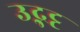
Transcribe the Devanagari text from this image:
उद्भट्ट